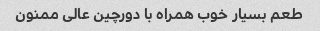
طعم بسیار خوب همراه با دورچین عالی ممنون